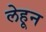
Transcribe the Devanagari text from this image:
लेहून